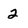
Character: 2